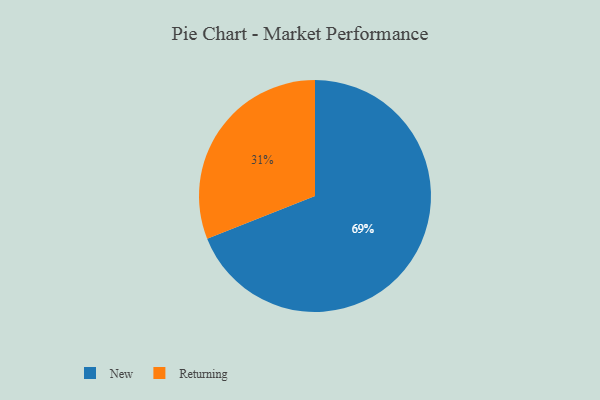
{"axis": {"x": "Category", "y": "Percentage"}, "legend": ["New", "Returning"], "data": [{"x": "Returning", "y": 31, "type": "Returning"}, {"x": "New", "y": 69, "type": "New"}]}